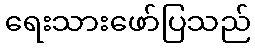
ရေးသားဖော်ပြသည်